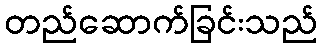
တည်ဆောက်ခြင်းသည်